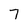
Character: 7